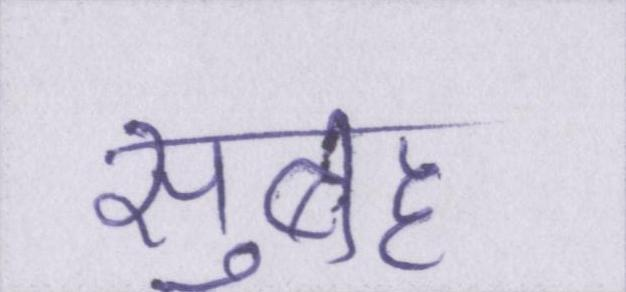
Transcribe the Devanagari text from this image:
सुबह